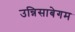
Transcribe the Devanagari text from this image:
उन्निसाबेगम